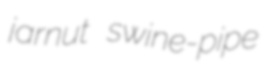
jarnut swine-pipe